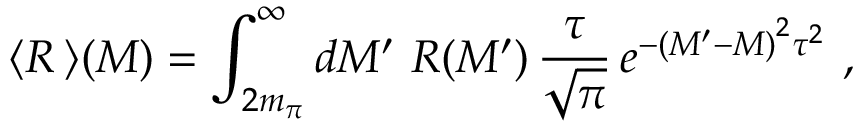
\langle R \, \rangle ( M ) = \int _ { 2 m _ { \pi } } ^ { \infty } d M ^ { \prime } ~ R ( M ^ { \prime } ) \, \frac { \tau } { \sqrt { \pi } } \, e ^ { - \left( M ^ { \prime } - M \right) ^ { 2 } \tau ^ { 2 } } \ ,